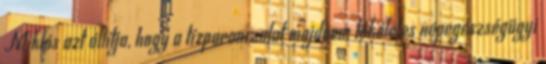
Miklós azt állítja, hogy a tízparancsolat majdnem tökéletes népegészségügyi